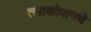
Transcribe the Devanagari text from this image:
त्लाकोपानचे